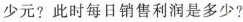
少元?此时每日销售利润是多少?